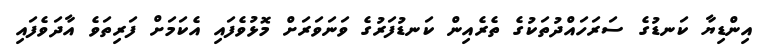
އިންޑިޔާ ކަނޑުގެ ސަރަހައްދުތަކުގެ ތެރެއިން ކަނޑުފަރުގެ ވަނަވަރަށް މޮޅުވެފައި އެކަމަށް ފަރިތަވެ އާދަވެފައި